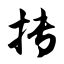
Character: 抟